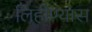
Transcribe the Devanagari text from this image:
लिहीण्यास